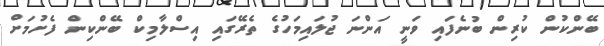
ބޭންކުން ކުރިން ބުނެފައި ވަނީ އަންނަ ޖުލައިމަހުގެ ތެރޭގައި އިސްލާމިކް ބޭންކިން ފެށުމަށް